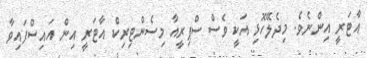
އާޓަރީ އިންނެވެ. މިދެލޭހޮޅި އަކީ ވެސް ސްޕިރީއާ މިސެންޓިރިކް އާޓަރީ އިން އައިސްފައިވާ